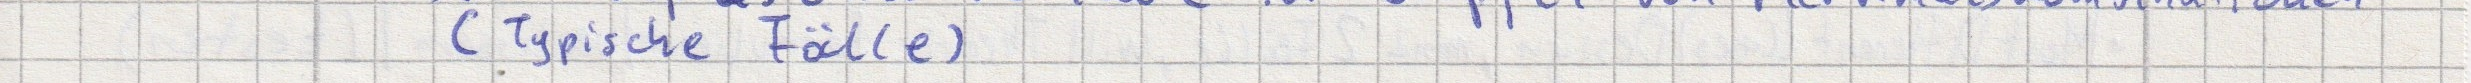
(Typische Fälle)